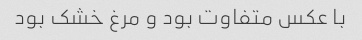
با عکس متفاوت بود و مرغ خشک بود